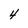
Character: 4